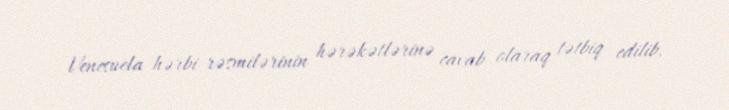
Venesuela hərbi rəsmilərinin hərəkətlərinə cavab olaraq tətbiq edilib.